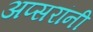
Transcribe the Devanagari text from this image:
अप्सरांनी